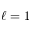
\ell = 1